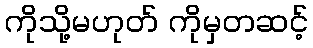
ကိုသို့မဟုတ် ကိုမှတဆင့်